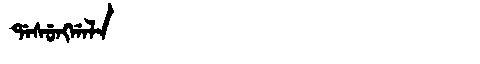
Manchu: ᡩᠠᠰᡠᠩᡤᠠᠯᠠ
Romanization: DASUNGGALA